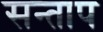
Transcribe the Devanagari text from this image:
सन्‍ताप